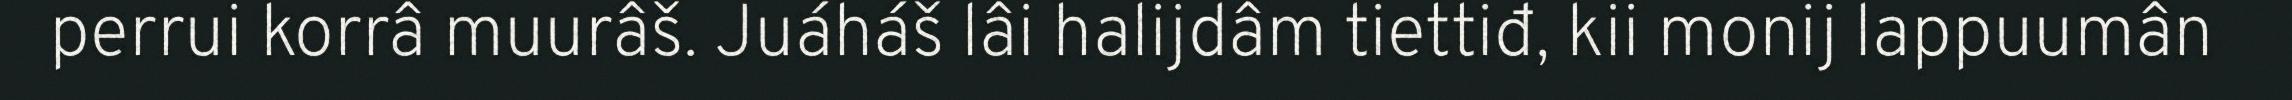
perrui korrâ muurâš. Juáháš lâi halijdâm tiettiđ, kii monij lappuumân